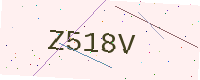
Text: Z518V